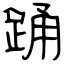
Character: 踊